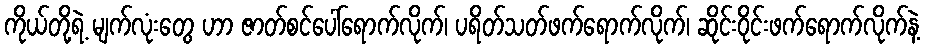
ကိုယ်တို့ရဲ့ မျက်လုံးတွေ ဟာ ဇာတ်စင်ပေါ်ရောက်လိုက်၊ ပရိတ်သတ်ဖက်ရောက်လိုက်၊ ဆိုင်းဝိုင်းဖက်ရောက်လိုက်နဲ့